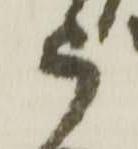
被